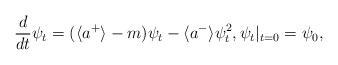
LaTeX: \begin{align*}\frac{d}{dt} \psi_t = (\langle a^{+} \rangle -m) \psi_t - \langle a^{-} \rangle \psi_t^2, \psi_t|_{t=0} = \psi_0,\end{align*}